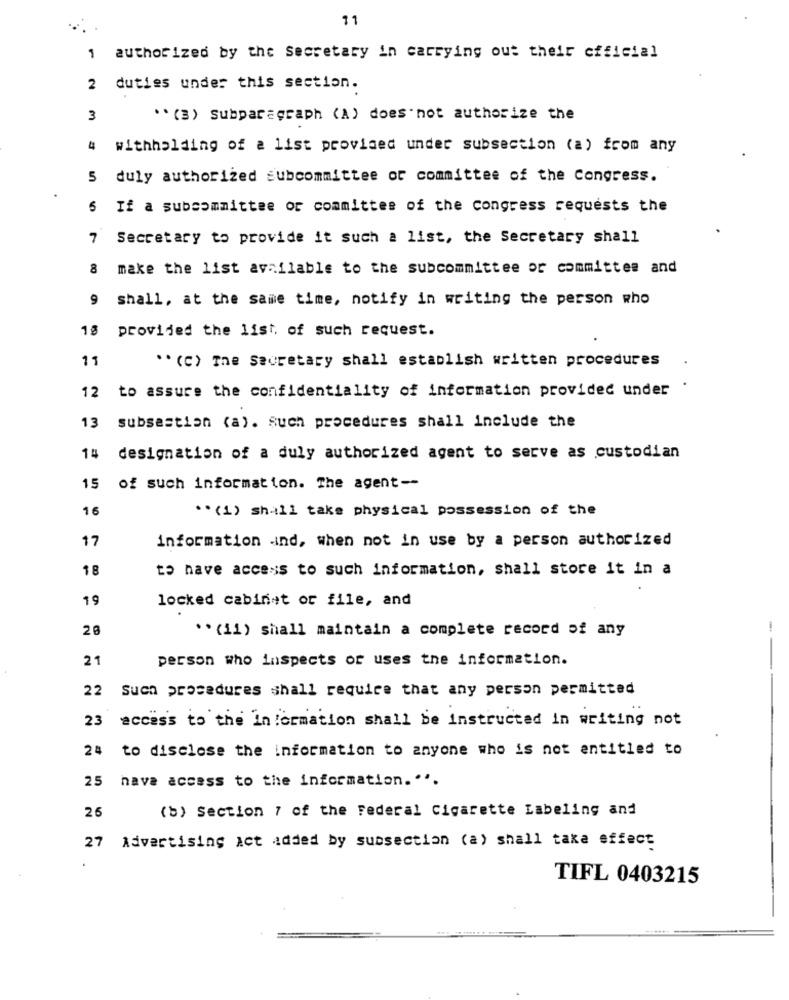
11
1 authorized by the secretary in carrying out their official
2 duties under this section.
3
" (3) Subparagraph (A) does not authorize the
4 withholding of a list provided under subsection (a) from any
5 duly authorized subcommittee or committee of the Congress.
If a subcommittee or committee of the congress requests the
7
Secretary to provide it such a list, the Secretary shall
8 make the list available to the subcommittee or committee and
9
shall, at the same time, notify in writing the person who
18
provided the list. of such request.
11
** (c) The Secretary shall establish written procedures
12 to assure the confidentiality of information provided under
13 subsestion (a). Ruch procedures shall include the
14 designation of a duly authorized agent to serve as custodian
of such information. The agent --
16
** (1) shall take physical possession of the
17
information .ind, when not in use by a person authorized
18
to have access to such information, shall store it in a
19
locked cabinet or file, and
20
** (ii) shall maintain a complete record of any
21
person who inspects of uses the information.
22
Such procedures shall require that any person permitted
23 access to the information shall be instructed in writing not
24 to disclose the information to anyone who is not entitled to
25 have access to the information."".
26
(b) Section 7 of the Federal Cigarette Labeling and
27
Advertising ict added by subsection (a) shall take effect
TIFL 0403215